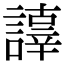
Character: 𧬕